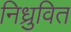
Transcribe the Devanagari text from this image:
निध्रुवित